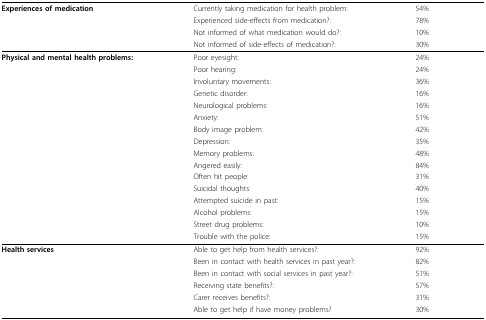
<table><thead><tr><td><b>Experiences of medication</b></td><td><b>Currently taking medication for health problem:</b></td><td><b>54%</b></td></tr><tr><td></td><td><b>Experienced side-effects from medication?:</b></td><td><b>78%</b></td></tr><tr><td></td><td><b>Not informed of what medication would do?:</b></td><td><b>10%</b></td></tr><tr><td></td><td><b>Not informed of side-effects of medication?:</b></td><td><b>30%</b></td></tr></thead><tbody><tr><td><b>Physical and mental health problems:</b></td><td>Poor eyesight:</td><td>24%</td></tr><tr><td></td><td>Poor hearing:</td><td>24%</td></tr><tr><td></td><td>Involuntary movements:</td><td>36%</td></tr><tr><td></td><td>Genetic disorder:</td><td>16%</td></tr><tr><td></td><td>Neurological problems:</td><td>16%</td></tr><tr><td></td><td>Anxiety:</td><td>51%</td></tr><tr><td></td><td>Body image problem:</td><td>42%</td></tr><tr><td></td><td>Depression:</td><td>35%</td></tr><tr><td></td><td>Memory problems:</td><td>48%</td></tr><tr><td></td><td>Angered easily:</td><td>84%</td></tr><tr><td></td><td>Often hit people:</td><td>31%</td></tr><tr><td></td><td>Suicidal thoughts:</td><td>40%</td></tr><tr><td></td><td>Attempted suicide in past:</td><td>15%</td></tr><tr><td></td><td>Alcohol problems:</td><td>15%</td></tr><tr><td></td><td>Street drug problems:</td><td>10%</td></tr><tr><td></td><td>Trouble with the police:</td><td>15%</td></tr><tr><td><b>Health services</b></td><td>Able to get help from health services?:</td><td>92%</td></tr><tr><td></td><td>Been in contact with health services in past year?:</td><td>82%</td></tr><tr><td></td><td>Been in contact with social services in past year?:</td><td>51%</td></tr><tr><td></td><td>Receiving state benefits?:</td><td>57%</td></tr><tr><td></td><td>Carer receives benefits?:</td><td>31%</td></tr><tr><td></td><td>Able to get help if have money problems?</td><td>30%</td></tr></tbody></table>